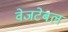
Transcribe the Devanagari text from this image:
वेजटेबल